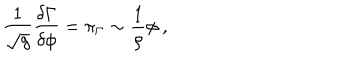
LaTeX: \frac 1 { \sqrt { g } } \frac { \delta \Gamma } { \delta \phi } = \pi _ { \Gamma } \sim \frac 1 \rho \phi ~ ,